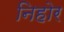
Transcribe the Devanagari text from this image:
निहोर